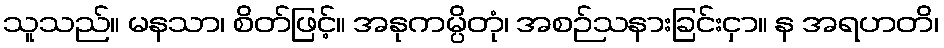
သူသည်။ မနသာ၊ စိတ်ဖြင့်။ အနုကမ္ပိတုံ၊ အစဉ်သနားခြင်းငှာ။ န အရဟတိ၊